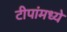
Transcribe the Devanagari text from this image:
टीपांमध्ये